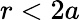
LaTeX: r<2a